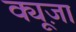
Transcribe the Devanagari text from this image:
क्यूज़ा